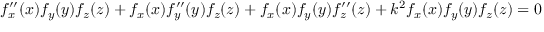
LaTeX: f _ { x } ^ { \prime \prime } ( x ) f _ { y } ( y ) f _ { z } ( z ) + f _ { x } ( x ) f _ { y } ^ { \prime \prime } ( y ) f _ { z } ( z ) + f _ { x } ( x ) f _ { y } ( y ) f _ { z } ^ { \prime \prime } ( z ) + k ^ { 2 } f _ { x } ( x ) f _ { y } ( y ) f _ { z } ( z ) = 0